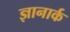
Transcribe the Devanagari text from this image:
ज्ञानार्क